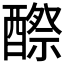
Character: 𨢵